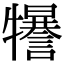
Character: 𤜈